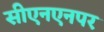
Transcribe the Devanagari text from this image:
सीएनएनपर